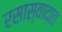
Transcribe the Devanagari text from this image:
रसास्वादात